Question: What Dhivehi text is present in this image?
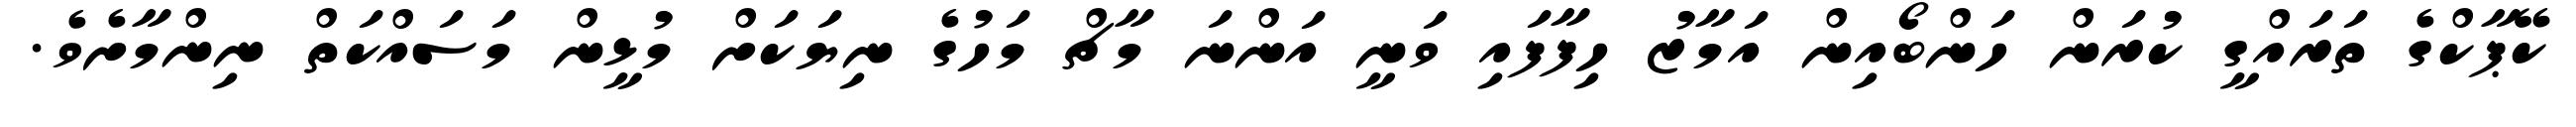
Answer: ކޭޕާކްގެ ތަރައްގީ ކުރަން ހަންބޯއިން އަމާޒު ހިފާފައި ވަނީ އަންނަ މާޗް މަހުގެ ނިޔަކަށް މުޅީން މަސައްކަތް ނިންމާށެވެ.